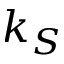
k _ { S }